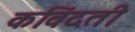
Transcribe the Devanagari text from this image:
कविंदती